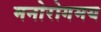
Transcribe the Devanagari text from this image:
मनोरोगमय